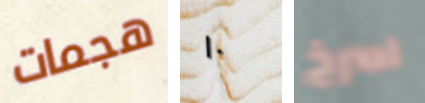
هجمات ١٠ اصرخ